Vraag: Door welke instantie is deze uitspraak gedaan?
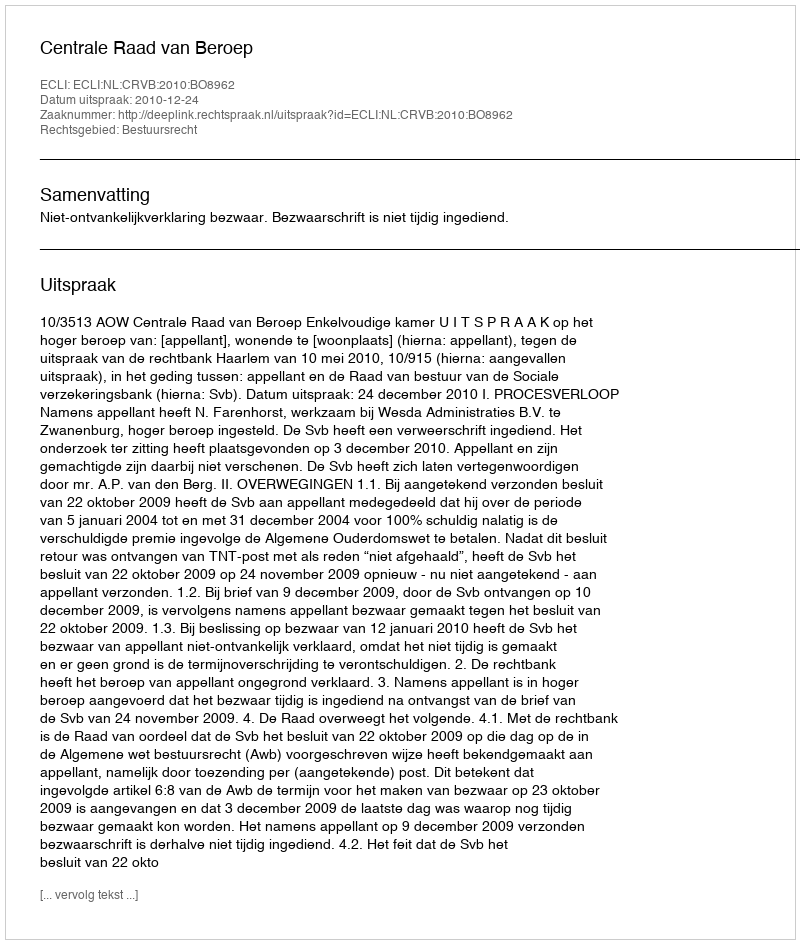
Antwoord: Centrale Raad van Beroep